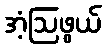
အံ့ဩဖွယ်